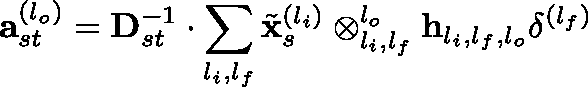
\mathbf { a } _ { s t } ^ { ( l _ { o } ) } = \mathbf { D } _ { s t } ^ { - 1 } \cdot \sum _ { l _ { i } , l _ { f } } \tilde { \mathbf { x } } _ { s } ^ { ( l _ { i } ) } \otimes _ { l _ { i } , l _ { f } } ^ { l _ { o } } \mathbf { h } _ { l _ { i } , l _ { f } , l _ { o } } \mathbf { \delta } ^ { ( l _ { f } ) }